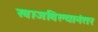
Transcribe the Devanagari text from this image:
खाजविल्यानंतर